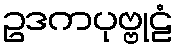
ဥဒကပုဗ္ဗုဠံ